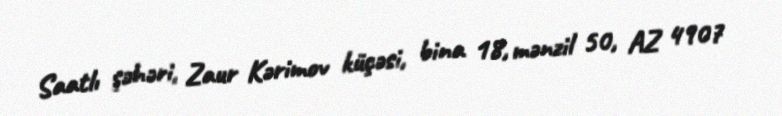
Saatlı şəhəri, Zaur Kərimov küçəsi, bina 18, mənzil 50, AZ 4907